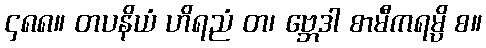
၄၈၈။ တပနိယံ ဟိရညံ တ၊ ဗ္ဘေဒါ စာမီကရမ္ပိ စ။